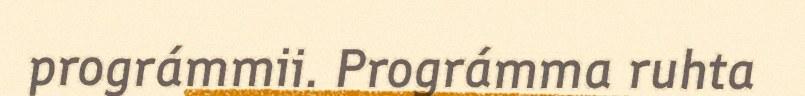
prográmmii. Prográmma ruhta